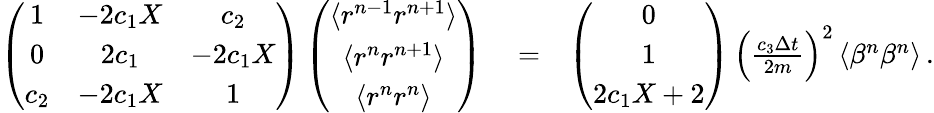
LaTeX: \begin{array}{rlr}{\left(\begin{array}{ccc}{1}&{-2c_{1}X}&{c_{2}}\\ {0}&{2c_{1}}&{-2c_{1}X}\\ {c_{2}}&{-2c_{1}X}&{1}\end{array}\right)\left(\begin{array}{c}{\langle r^{n-1}r^{n+1}\rangle}\\ {\langle r^{n}r^{n+1}\rangle}\\ {\langle r^{n}r^{n}\rangle}\end{array}\right)}&{{}=}&{\left(\begin{array}{c}{0}\\ {1}\\ {2c_{1}X+2}\end{array}\right)\, \left(\frac{c_{3}\Delta{t}}{2m}\right)^{2}\, \langle\beta^{n}\beta^{n}\rangle\, .}\end{array}